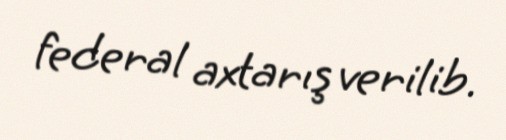
federal axtarış verilib.